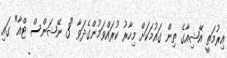
އިރުމަތީ އޭޝިއާގެ ތިން ގައުމަކަށް މިހާރު ކުރައްވަމުންގެދަވާ "3 ނޭޝަންސް ޓްއާ" ގައި